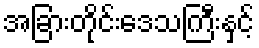
အခြားတိုင်းဒေသကြီးနှင့်